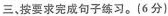
三、按要求完成句子练习。（6分）